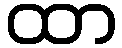
ထာ